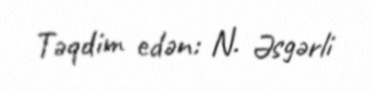
Təqdim edən: N. Əsgərli